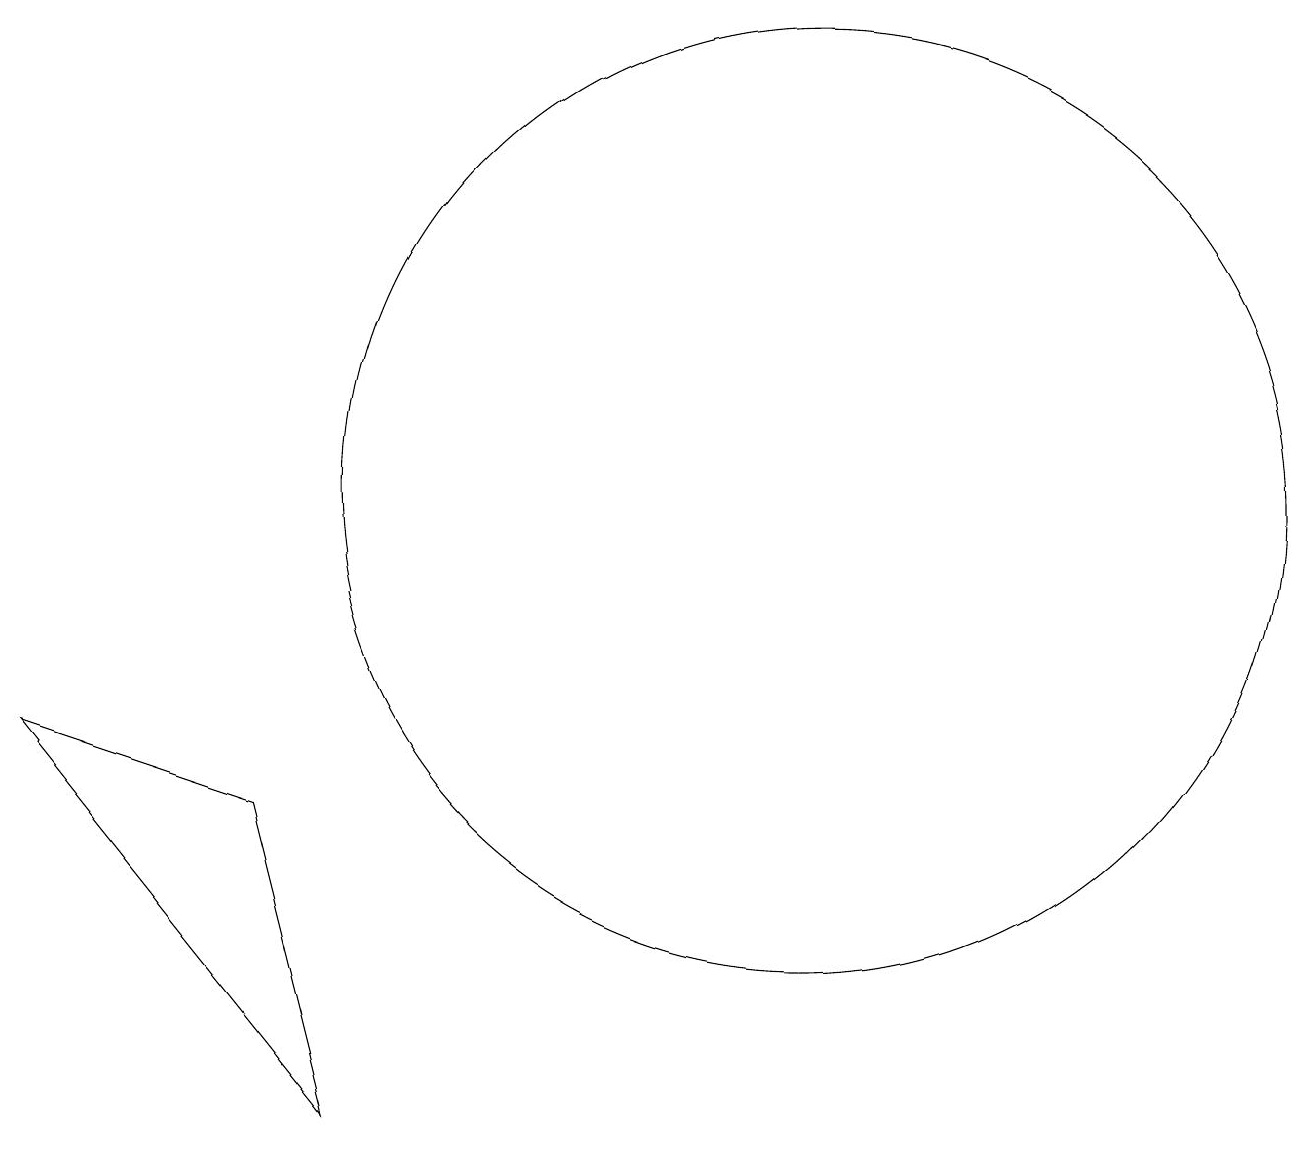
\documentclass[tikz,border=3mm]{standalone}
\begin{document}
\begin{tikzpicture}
\draw (11,10) circle (6);
\draw (3,14) rectangle (3,14);
\draw (4,6) -- (5,2) -- (1,7) -- cycle;
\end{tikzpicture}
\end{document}